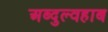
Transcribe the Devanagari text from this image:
अब्दुल्वहाब